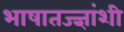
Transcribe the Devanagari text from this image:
भाषातज्ज्ञांशी